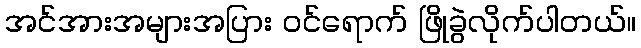
အင်အားအများအပြား ဝင်ရောက် ဖြိုခွဲလိုက်ပါတယ်။